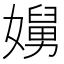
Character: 𭒥